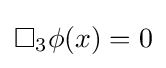
\square _{3}\phi (x)=0